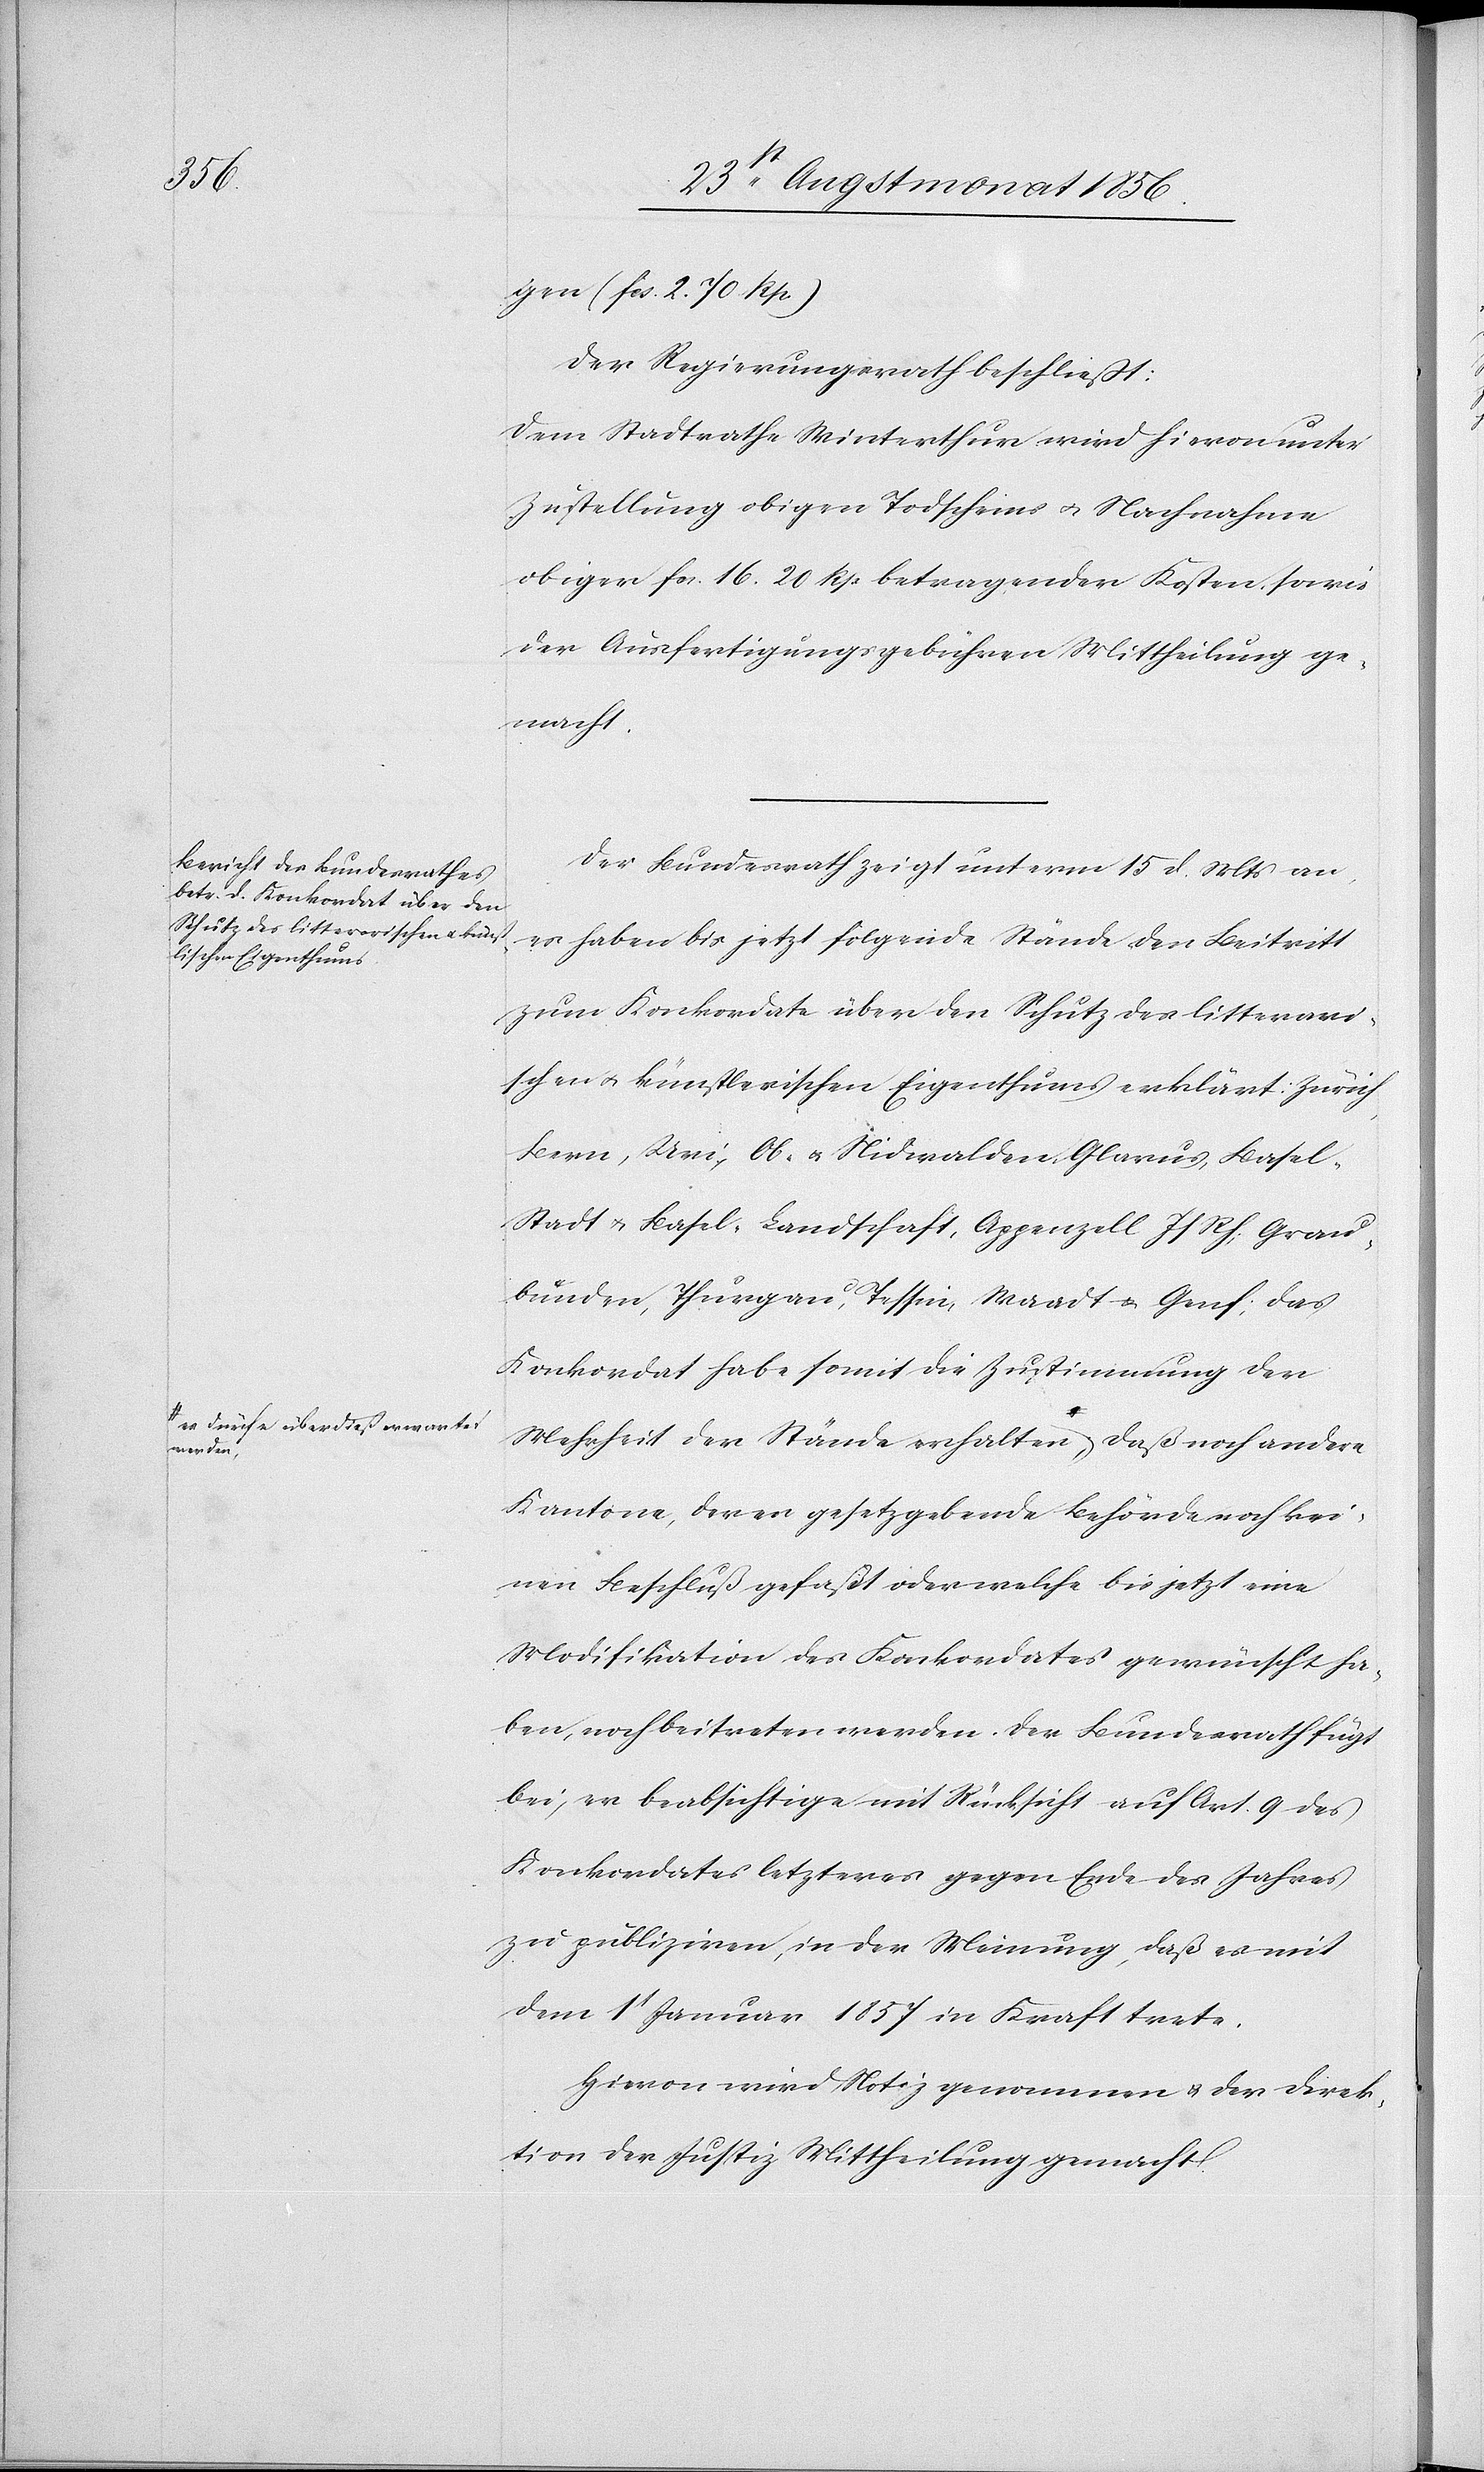
werden,-a

gen (fcs. 2. 70. Rp.)
Der Regierungsrath beschließt:
Dem Stadtrathe Winterthur wird hievon unter
Zustellung obigen Todscheins u. Nachnahme
obiger fcs. 16. 20 Rp betragenden Kosten, sowie
der Ausfertigungsgebühren Mittheilung ge¬
macht.
Der Bundesrath zeigt unterm 15 d. Mts an,
es haben bis jetzt folgende Stände den Beitritt
zum Konkordate über den Schutz des litterari¬
schen u. künstlerischen Eigenthums erklärt: Zürich,
Bern, Uri, Ob- u. Nidwalden, Glarus, Base¬
l-Stadt u. Basel-Landschaft, Appenzell J/Rh., Grau¬
bünden, Thurgau, Tessin, Waadt u. Genf; das
Konkordat habe somit die Zustimmung der
Mehrheit der Stände erhalten a-es dürfe überdieß
Kantone, deren gesetzgebende Behörden noch kei¬
nen Beschluß gefaßt oder welche bis jetzt eine
Modifikation des Konkordates gewünscht ha¬
ben, noch beitreten werden. Der Bundesrath fügt
bei, er beabsichtige mit Rücksicht auf Art. 9 des
Konkordates letzteres gegen Ende des Jahres
zu publiziren, in der Meinung, daß es mit
dem 1t Januar 1857 in Kraft trete.
Hievon wird Notiz genommen u. der Direk¬
tion der Justiz Mittheilung gemacht.